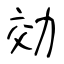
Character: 効